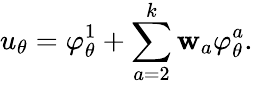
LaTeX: u_{\theta}=\varphi_{\theta}^{1}+\sum_{a=2}^{k}\mathbf{w}_{a}\varphi_{\theta}^{a}.